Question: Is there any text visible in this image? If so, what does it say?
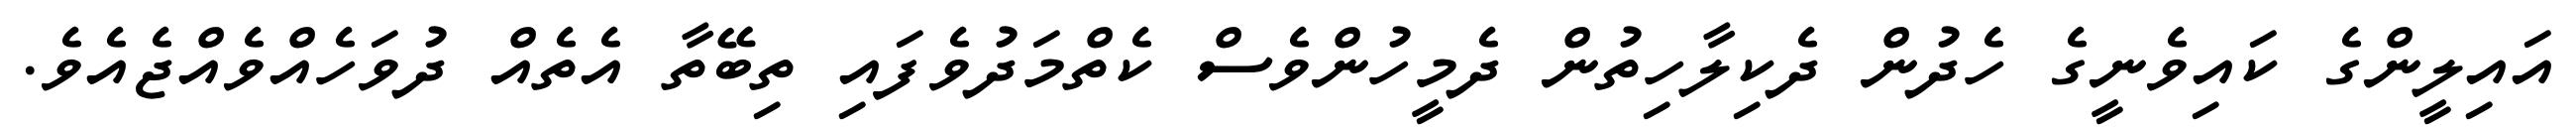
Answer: އައިލީންގެ ކައިވެނީގެ ހެދުން ދެކިލާހިތުން ދެމީހުންވެސް ކެތްމަދުވެފައި ތިބޭތާ އެތެއް ދުވަހެއްވެއްޖެއެވެ.